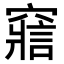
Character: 𥨉